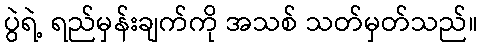
ပွဲရဲ့ ရည်မှန်းချက်ကို အသစ် သတ်မှတ်သည်။